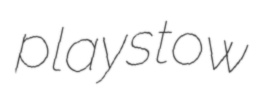
playstow